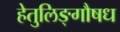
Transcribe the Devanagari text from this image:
हेतुलिङ्गौषध